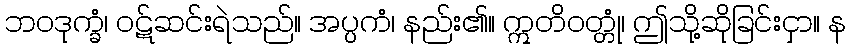
ဘဝဒုက္ခံ၊ ဝဋ်ဆင်းရဲသည်။ အပ္ပကံ၊ နည်း၏။ ဣတိဝတ္တုံ၊ ဤသို့ဆိုခြင်းငှာ။ န